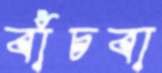
বাঁচবা